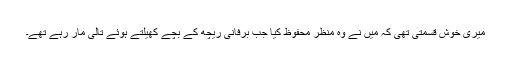
میری خوش قسمتی تھی کہ میں نے وہ منظر محفوظ کیا جب برفانی ریچھ کے بچے کھیلتے ہوئے تالی مار رہے تھے۔